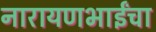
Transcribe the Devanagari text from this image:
नारायणभाईंचा